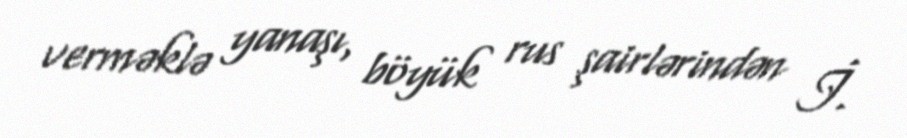
verməklə yanaşı, böyük rus şairlərindən İ.